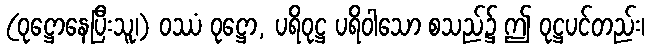
(ဝုဋ္ဌောနေပြီးသူ၊) ဝဿံ ဝုဋ္ဌော, ပရိဝုဋ္ဌ ပရိဝါသော စသည်၌ ဤ ဝုဋ္ဌပင်တည်း၊